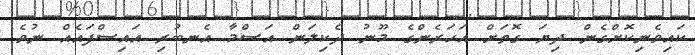
ކައިވެނިކޮށްގެން ދިޔަ ގޮތަށް އަހަރެންގެ މޫނު ދެކިލަން އަސްމާ އެނބުރި އައިސްފައެއް ނުވެ